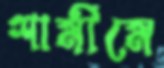
শামীমে